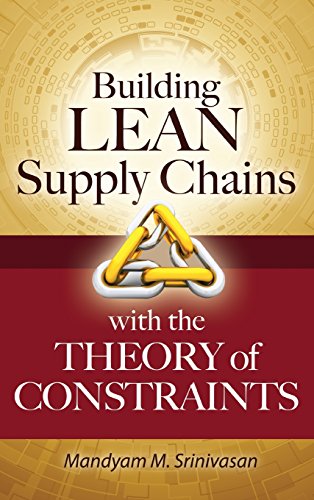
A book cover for Building Lean Supply Chains with the Theory of Constraints; Mandyam Srinivasan; Business & Money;